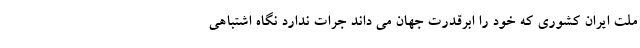
ملت ایران کشوری که خود را ابرقدرت جهان می داند جرات ندارد نگاه اشتباهی